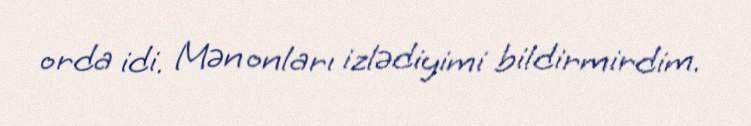
orda idi. Mən onları izlədiyimi bildirmirdim.